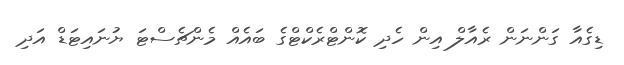
ޑިގެއާ ގަންނަން ރެއާލް އިން ހެދި ކޮންޓްރެކްޓްގެ ބައެއް މެންޗެސްޓަ ޔުނައިޓަޑް އަދި